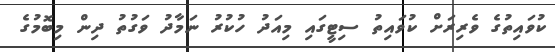
ކުވައިތުގެ ވެރިރަށް ކުވައިތު ސިޓީގައި މިއަދު ހުކުރު ނަމާދު ވަގުތު ދިން މިބޮމުގެ